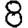
Digit: 8